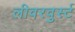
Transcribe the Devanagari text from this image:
लीवरवुर्स्ट